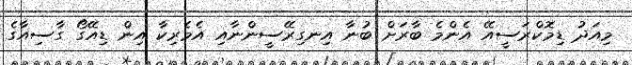
މިއަދު ޑިމޮކްރަސީއޭ އެންމެ ބާރަށް ބުނާ އިނގިރޭސީންނާއި އެމެރިކާ އިން ޑިއޭގޯ ގާސިއާގެ